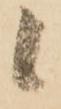
候